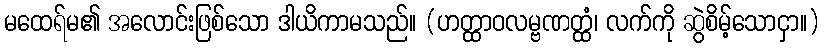
မထေရ်မ၏ အလောင်းဖြစ်သော ဒါယိကာမသည်။ (ဟတ္ထာဝလမ္ဗဏတ္ထံ၊ လက်ကို ဆွဲစိမ့်သောငှာ။)